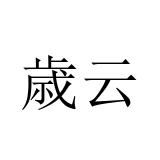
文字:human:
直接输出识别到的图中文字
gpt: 歳云